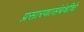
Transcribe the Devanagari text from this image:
प्रसारणासंबंधीचे